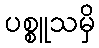
ပစ္စူသမှိ